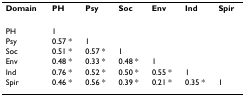
| Domain | PH | Psy | Soc | Env | Ind | Spir |
 | --- | --- | --- | --- | --- | --- | --- |
 | PH | 1 |  |  |  |  |  |
 | Psy | 0.57 * | 1 |  |  |  |  |
 | Soc | 0.51 * | 0.57 * | 1 |  |  |  |
 | Env | 0.48 * | 0.33 * | 0.48 * | 1 |  |  |
 | Ind | 0.76 * | 0.52 * | 0.50 * | 0.55 * | 1 |  |
 | Spir | 0.46 * | 0.56 * | 0.39 * | 0.21 * | 0.35 * | 1 |